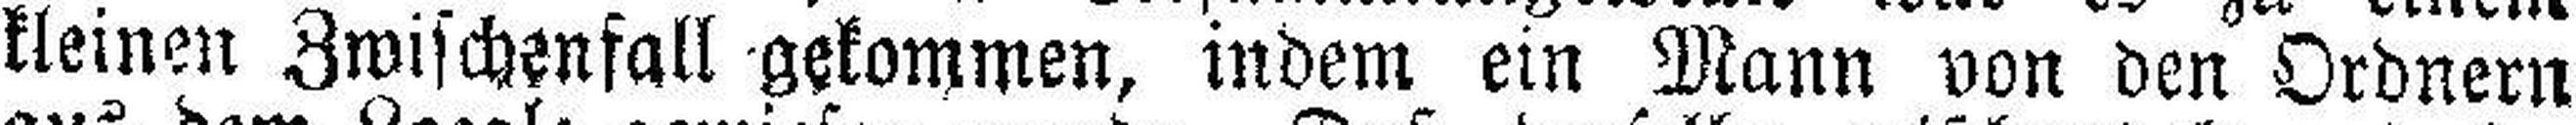
kleinen Zwischenfall gekommen, indem ein Mann von den Ordnern